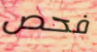
فحص